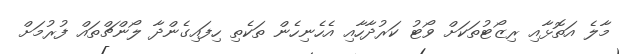
މާލެ އަތޮޅާއި ރިޒޯޓުތަކަށް ވޯޓު ކަރުދާހާއި އެހެނިހެން ތަކެތި ހިފައިގެންދާ ލޯންޗްތައް ފުރުމަށް